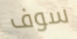
سوف